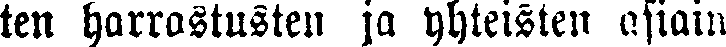
ten harrastusten ja yhteisten asiain